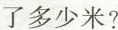
了多少米?